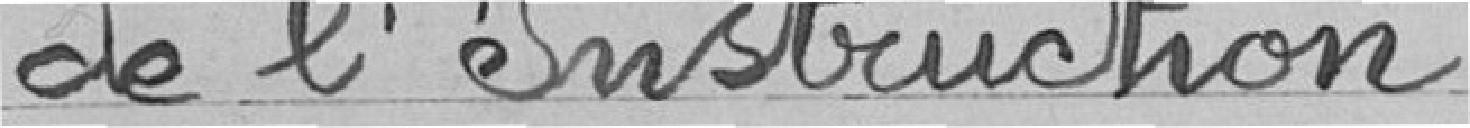
de l'Instruction